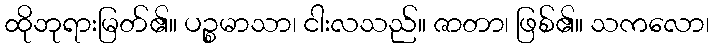
ထိုဘုရားမြတ်၏။ ပဉ္စမာသာ၊ ငါးလသည်။ ဇာတာ၊ ဖြစ်၏။ သကလော၊